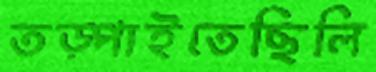
তড়্‌পাইতেছিলি